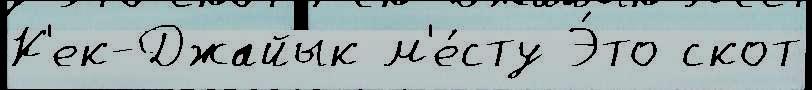
К'ек-Джайык м'е́сту Э́то скот